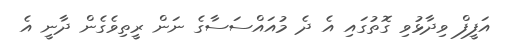
އަފީފް ވިދާޅުވި ގޮތުގައި އެ ދެ މުއައްސަސާގެ ނަން ރީތިވެގެން ދާނީ އެ